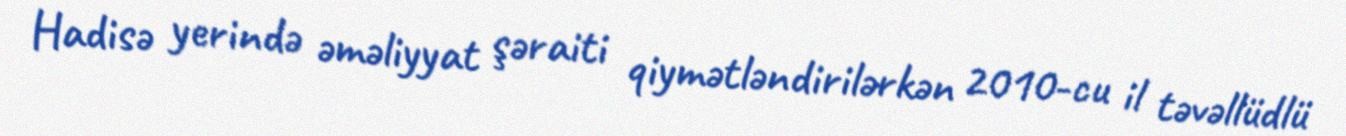
Hadisə yerində əməliyyat şəraiti qiymətləndirilərkən 2010-cu il təvəllüdlü